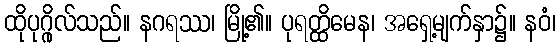
ထိုပုဂ္ဂိုလ်သည်။ နဂရဿ၊ မြို့၏။ ပုရတ္ထိမေန၊ အရှေ့မျက်နှာ၌။ နဝံ၊